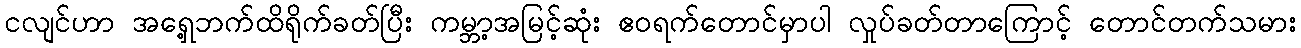
ငလျင်ဟာ အရှေ့ဘက်ထိရိုက်ခတ်ပြီး ကမ္ဘာ့အမြင့်ဆုံး ဧဝရက်တောင်မှာပါ လှုပ်ခတ်တာကြောင့် တောင်တက်သမား